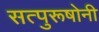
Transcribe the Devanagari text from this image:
सत्पुरूषोनी